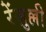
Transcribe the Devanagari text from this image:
रेंज़ुल्ली